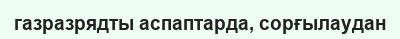
газразрядты аспаптарда, сорғылаудан